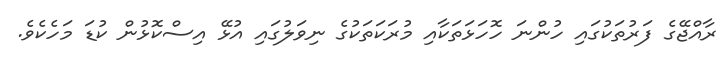
ރާއްޖޭގެ ފަރުތަކުގައި ހުންނަ ހޮހަޅަތަކާއި މުރަކަތަކުގެ ނިވަލުގައި އުޅޭ އިސްކޮޅުން ކުޑަ މަހެކެވެ.